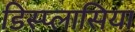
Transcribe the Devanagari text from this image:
डिस्प्लासिया